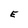
Character: E